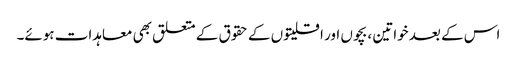
اس کے بعد خواتین ، بچوں اور اقلیتوں کے حقوق کے متعلق بھی معاہدات ہوئے۔